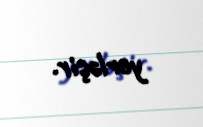
yerləşir.